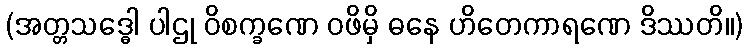
(အတ္တသဒ္ဓေါ ပါဌု ဝိစက္ခဏေ ဝဖိမှိ ဓနေ ဟိတေကာရဏေ ဒိဿတိ။)